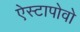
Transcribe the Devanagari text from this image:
ऐस्टापोवो